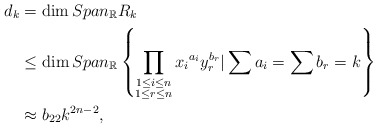
\begin{align*}d_k&=\dim Span_{\mathbb{R}}R_{k}\\&\leq \dim Span_{\mathbb{R}} \left\{\prod\limits_{\substack{1\leq i\leq n \\1 \leq r\leq n }} {x_i}^{a_i} y_{r}^{b_{r}} | \sum a_{i}=\sum b_{r}=k \right\}\\&\approx b_{22}k^{2n-2},\end{align*}